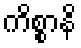
ကိစ္စာနိ